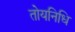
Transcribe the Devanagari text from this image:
तोयनिधि